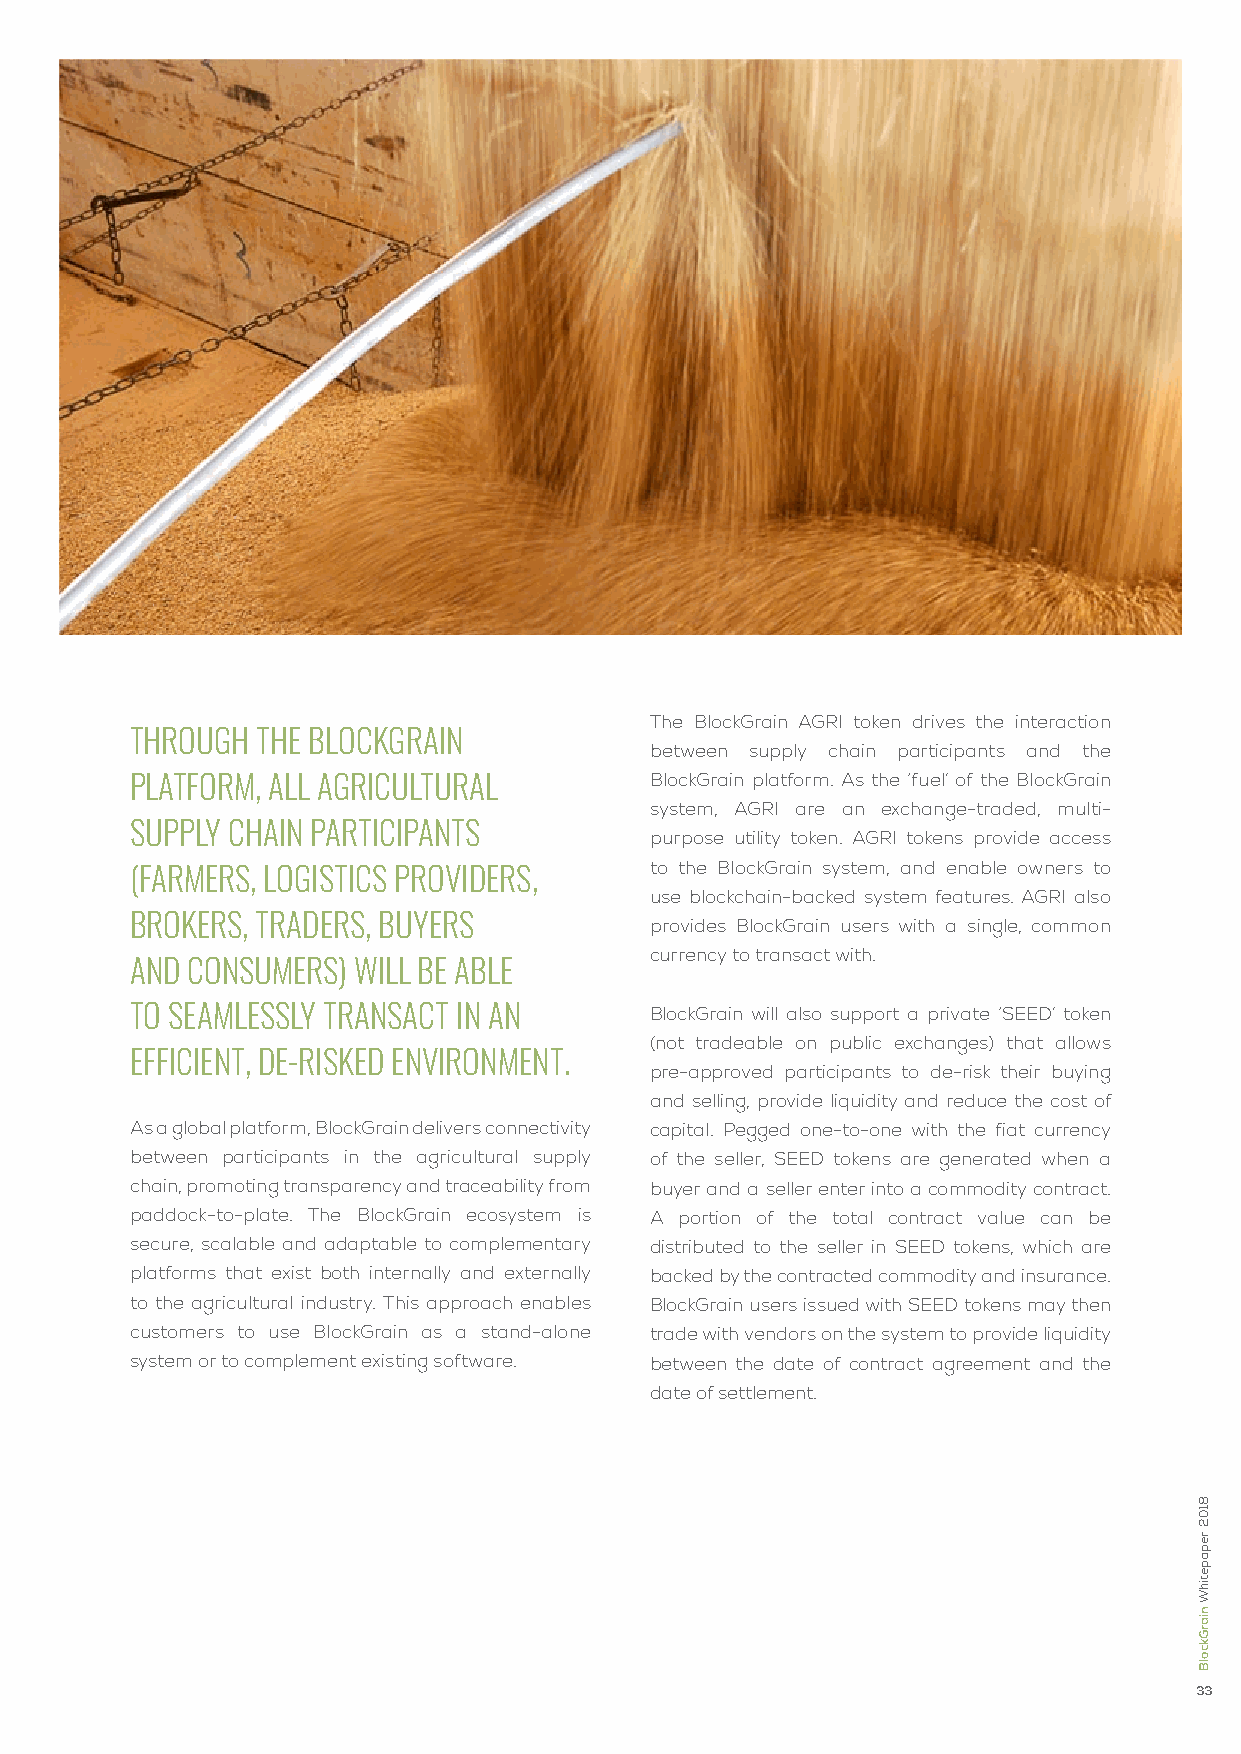
The BlockGrain AGRI token drives the interaction
 throuGh the BlockGrain
 between supply chain participants and the
 platform, all aGricultural        BlockGrain platform. As the ‘fuel’ of the BlockGrain
 system, AGRI are an exchange-traded, multi-
 supply chain participants
 purpose utility token. AGRI tokens provide access
 to the BlockGrain system, and enable owners to
 (farmers, loGistics proViders,
 use blockchain-backed system features. AGRI also
 Brokers, traders, Buyers          provides BlockGrain users with a single, common
 currency to transact with.
 and consumers) will Be aBle
 to seamlessly transact in an      BlockGrain will also support a private ‘SEED’ token
 (not tradeable on public exchanges) that allows
 efficient, de-risked enVironment.
 pre-approved participants to de-risk their buying
 and selling, provide liquidity and reduce the cost of
 As a global platform, BlockGrain delivers connectivity capital. Pegged one-to-one with the fiat currency
 between participants in the agricultural supply of the seller, SEED tokens are generated when a
 chain, promoting transparency and traceability from buyer and a seller enter into a commodity contract.
 paddock-to-plate. The BlockGrain ecosystem is A portion of the total contract value can be
 secure, scalable and adaptable to complementary distributed to the seller in SEED tokens, which are
 platforms that exist both internally and externally backed by the contracted commodity and insurance.
 to the agricultural industry. This approach enables BlockGrain users issued with SEED tokens may then
 customers to use BlockGrain as a stand-alone trade with vendors on the system to provide liquidity
 system or to complement existing software. between the date of contract agreement and the
 date of settlement.
 33
 8102
 repapetihW
 niarGkcolB